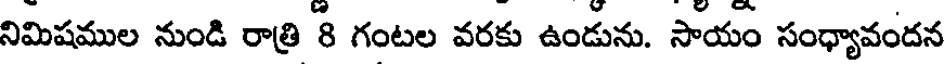
నిమిషముల నుండి రాత్రి 8 గంటల వరకు ఉండును. సాయం సంధ్యావందన